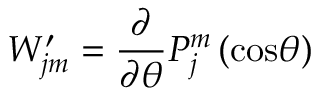
W _ { j m } ^ { \prime } = \frac { \partial } { \partial \theta } P _ { j } ^ { m } \left( \mathrm { c o s } \theta \right)